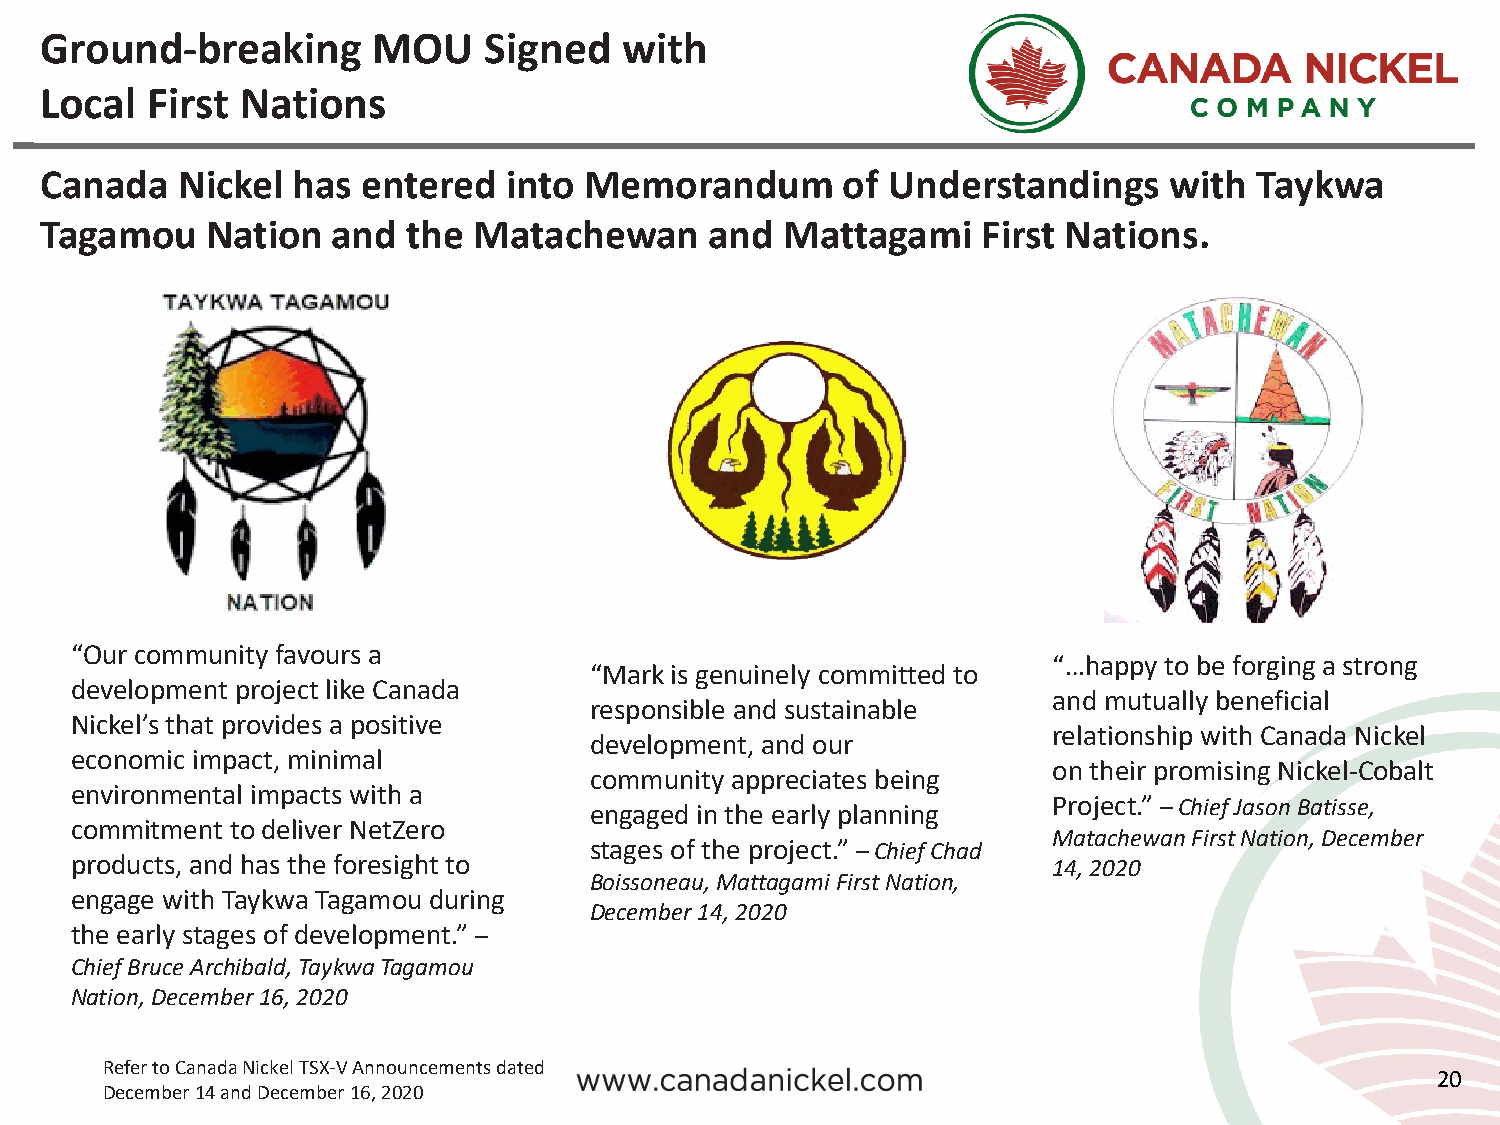
Ground-breaking       MOU    Signed   with
 Local  First Nations
 Canada   Nickel has  entered   into Memorandum       of Understandings    with  Taykwa
 Tagamou    Nation  and  the Matachewan      and  Mattagami    First Nations.
 “Our community favoursa
 “…happy to be forging a strong
 “Mark is genuinely committed to
 development project like Canada
 and mutually beneficial
 responsible and sustainable
 Nickel’s that provides a positive
 relationship with Canada Nickel
 development, and our
 economic impact, minimal
 on their promising Nickel-Cobalt
 community appreciates being
 environmental impacts with a
 Project.” –Chief Jason Batisse,
 engaged in the early planning
 commitment to deliver NetZero
 MatachewanFirst Nation, December
 stages of the project.” –Chief Chad
 products, and has the foresight to                               14, 2020
 Boissoneau, Mattagami First Nation,
 engage with Taykwa Tagamou during
 December 14, 2020
 the early stages of development.” –
 Chief Bruce Archibald, TaykwaTagamou
 Nation, December 16, 2020
 Refer to Canada Nickel TSX-V Announcements dated
 20
 December 14 and December 16, 2020